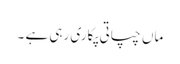
ماں چپاتی پکاری رہی ہے ۔